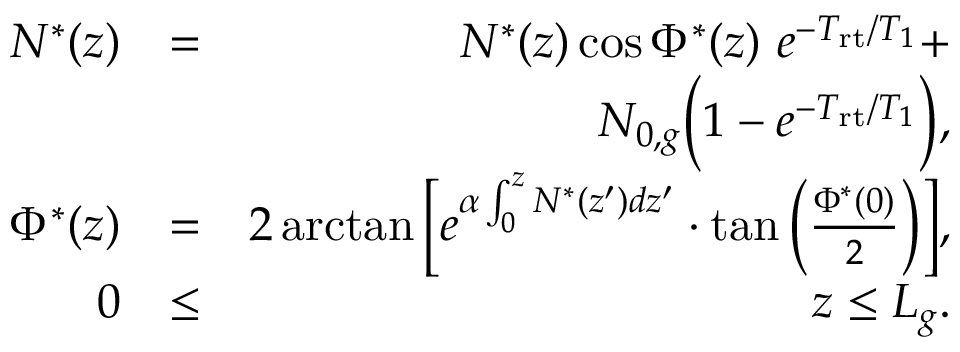
\begin{array} { r l r } { N ^ { * } ( z ) } & { = } & { N ^ { * } ( z ) \cos \Phi ^ { * } ( z ) \ e ^ { - T _ { \mathrm { r t } } / T _ { 1 } } + } \\ & { } & { N _ { 0 , g } \Big ( 1 - e ^ { - T _ { \mathrm { r t } } / T _ { 1 } } \Big ) , } \\ { \Phi ^ { * } ( z ) } & { = } & { 2 \arctan \Big [ e ^ { \alpha \int _ { 0 } ^ { z } N ^ { * } ( z ^ { \prime } ) d z ^ { \prime } } \cdot \tan \Big ( \frac { \Phi ^ { * } ( 0 ) } { 2 } \Big ) \Big ] , } \\ { 0 } & { \le } & { z \le L _ { g } . } \end{array}